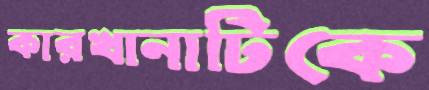
কারখানাটিকে